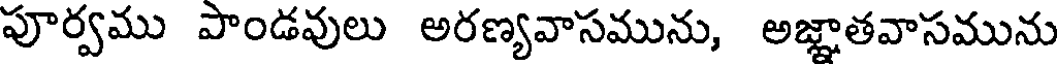
పూర్వము పాండవులు అరణ్యవాసమును, అజ్ఞాతవాసమును